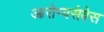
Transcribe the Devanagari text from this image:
आरोग्यसेवेस